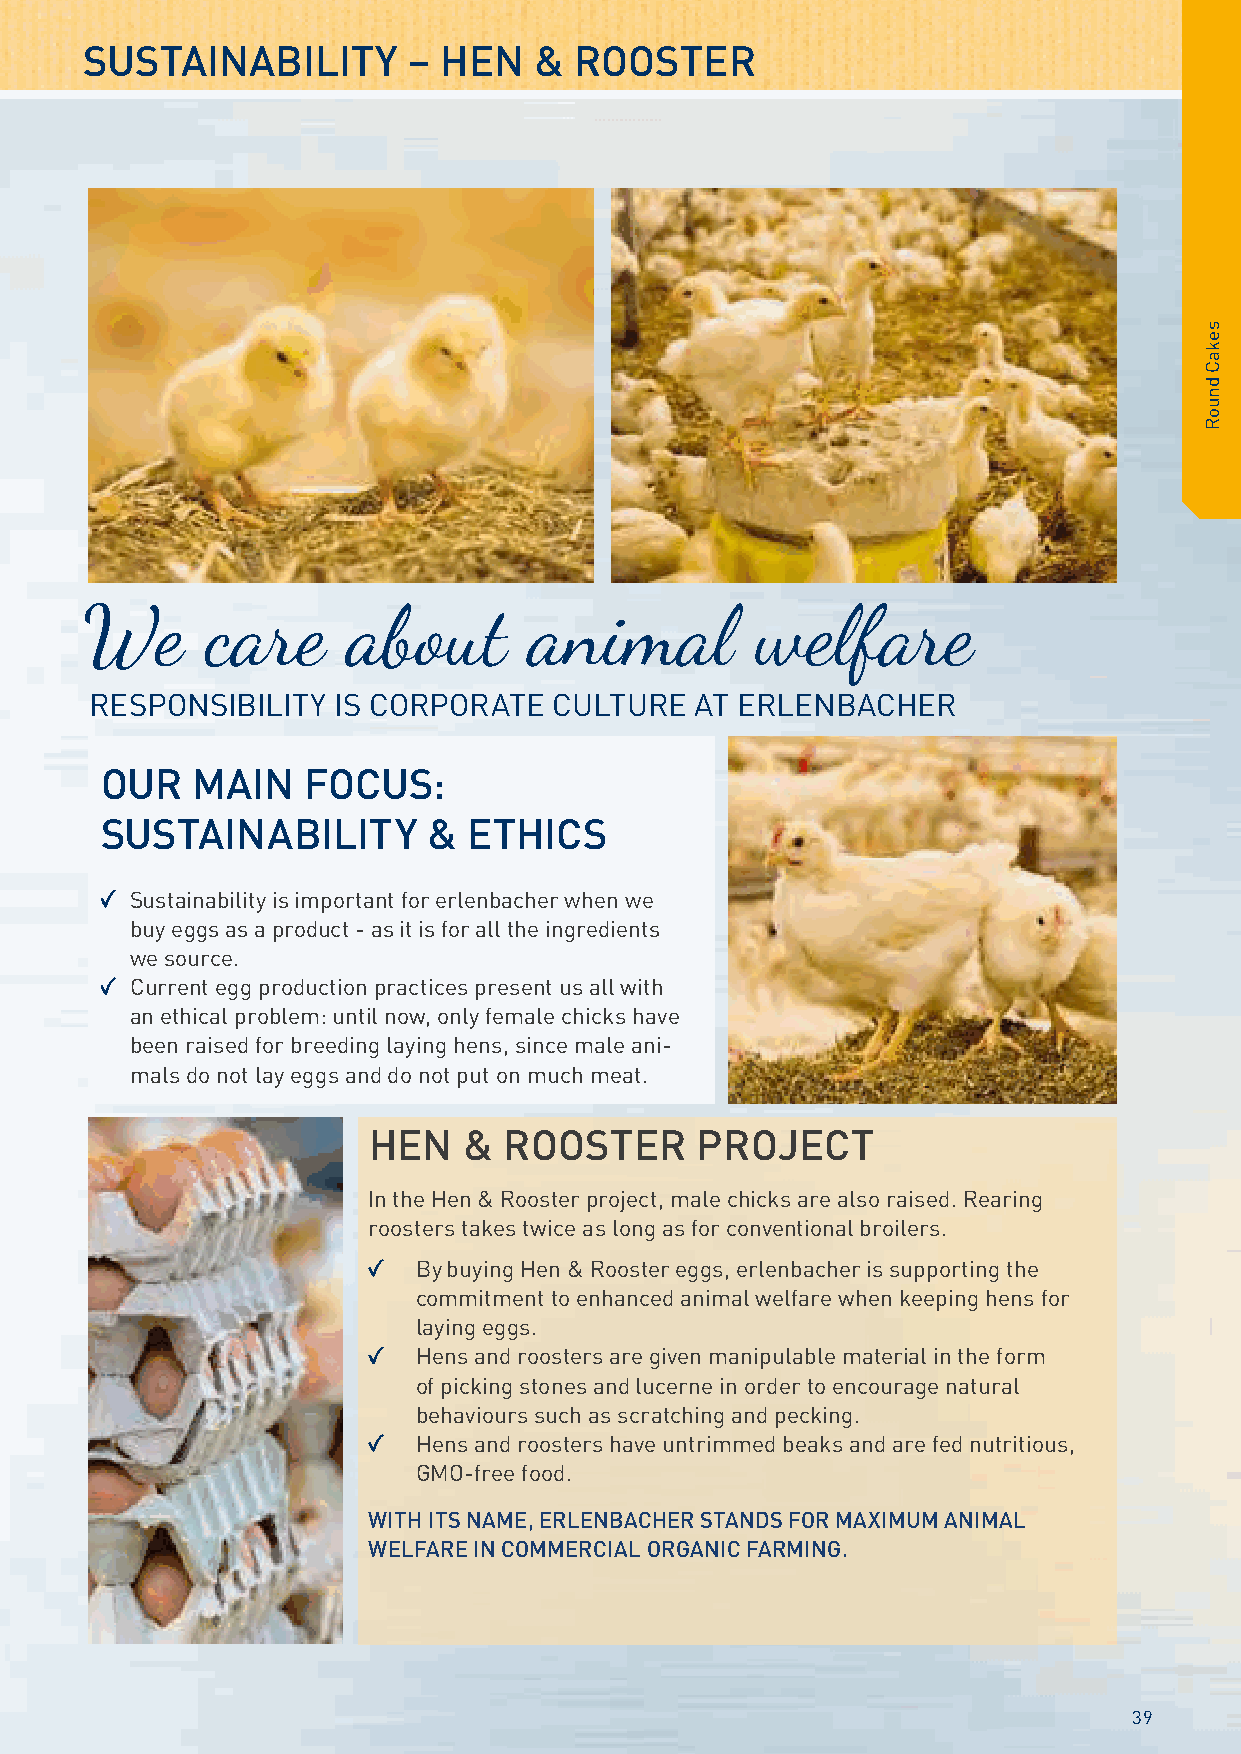
SUSTAINABILITY        – HEN   &  ROOSTER
 We       care     about       animal         welfare
 RESPONSIBILITY  IS CORPORATE   CULTURE  AT ERLENBACHER
 OUR   MAIN   FOCUS:
 SUSTAINABILITY       &  ETHICS
 Sustainability is important for erlenbacher when we
 buy eggs as a product - as it is for all the ingredients
 we source.
 Current egg production practices present us all with
 an ethical problem: until now, only female chicks have
 been raised for breeding laying hens, since male ani-
 mals do not lay eggs and do not put on much meat.
 HEN    & ROOSTER      PROJECT
 In the Hen & Rooster project, male chicks are also raised. Rearing
 roosters takes twice as long as for conventional broilers.
 By buying Hen & Rooster eggs, erlenbacher is supporting the
 commitment to enhanced animal welfare when keeping hens for
 laying eggs.
 Hens and roosters are given manipulable material in the form
 of picking stones and lucerne in order to encourage natural
 behaviours such as scratching and pecking.
 Hens and roosters have untrimmed beaks and are fed nutritious,
 GMO-free food.
 WITH ITS NAME, ERLENBACHER STANDS FOR MAXIMUM ANIMAL
 WELFARE IN COMMERCIAL ORGANIC FARMING.
 39
 sekaC
 dnuoR